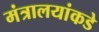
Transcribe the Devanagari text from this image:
मंत्रालयांकडे